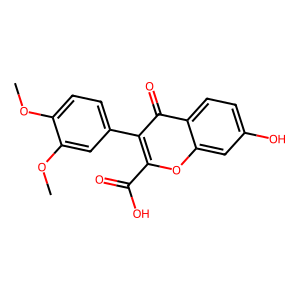
SMILES: COc1ccc(-c2c(C(=O)O)oc3cc(O)ccc3c2=O)cc1OC
Inhibits HIV replication: No